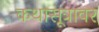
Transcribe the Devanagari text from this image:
कथासूत्रावर